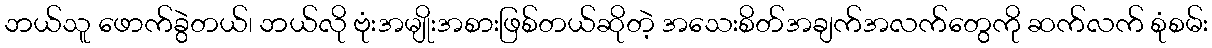
ဘယ်သူ ဖောက်ခွဲတယ်၊ ဘယ်လို ဗုံးအမျိုးအစားဖြစ်တယ်ဆိုတဲ့ အသေးစိတ်အချက်အလက်တွေကို ဆက်လက် စုံစမ်း